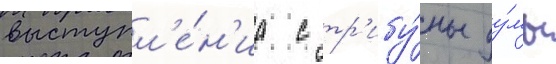
выступл'е́н'иа с тр'ибу́ны ду́мы